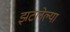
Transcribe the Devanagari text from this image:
झटलेल्या